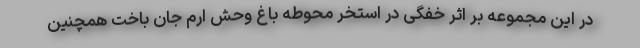
در این مجموعه بر اثر خفگی در استخر محوطه باغ وحش ارم جان باخت همچنین